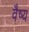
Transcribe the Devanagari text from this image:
वैष्य